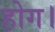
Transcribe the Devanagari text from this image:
होग।